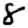
Digit: 8